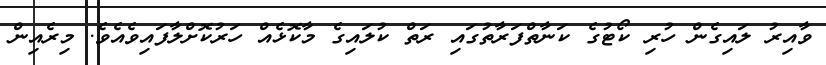
ވާއިރު ލައިގެން ހުރި ކޯޓުގެ ކަނާތްފަރާތުގައި ރަތް ކުލައިގެ މާކޮޅެއް ހަރުކޮށްލާފައިވެއެވެ. މިރެއިން